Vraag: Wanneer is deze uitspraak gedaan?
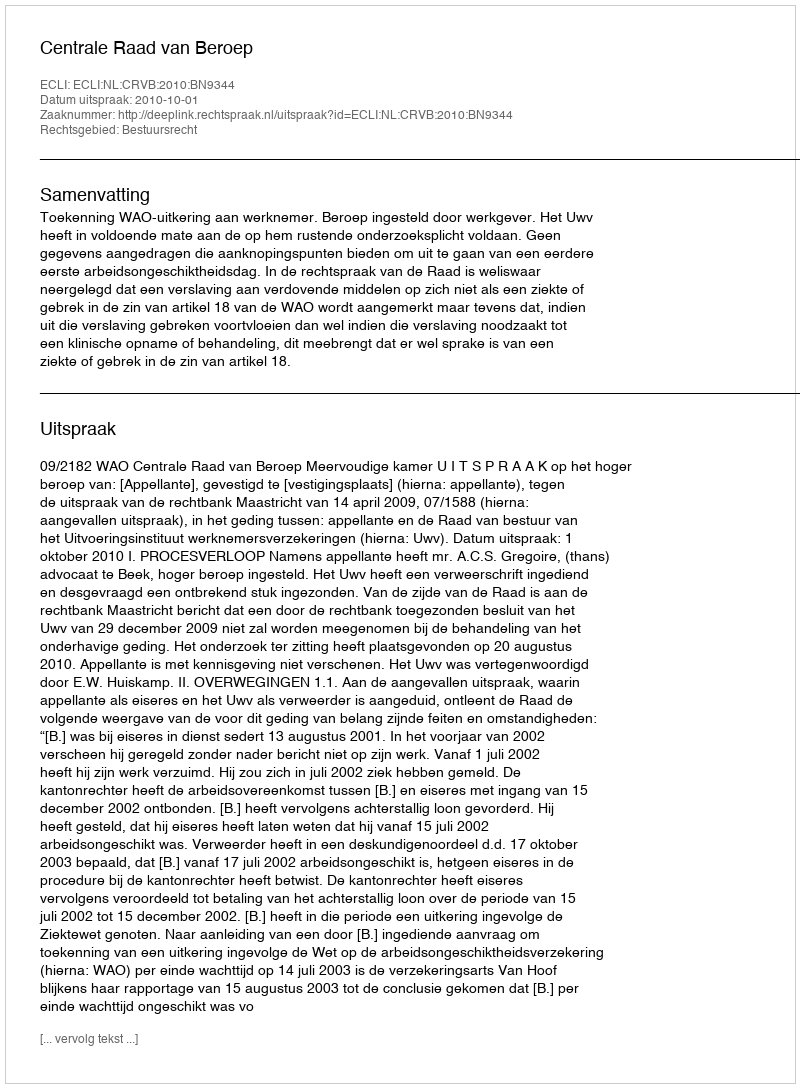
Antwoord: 2010-10-01